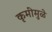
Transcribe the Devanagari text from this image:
कृमींमुळे